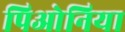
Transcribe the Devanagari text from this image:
पिओनिया